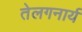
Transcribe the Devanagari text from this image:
तेलगनार्य